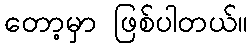
တော့မှာ ဖြစ်ပါတယ်။